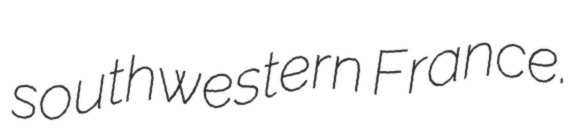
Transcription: southwestern France.